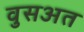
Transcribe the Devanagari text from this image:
वुसअत